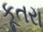
કૂતરા